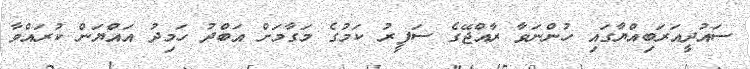
ސައުދީއަރަބިއްޔާގައި ހުންނަވާ ރާއްޖޭގެ ސަފީރު ކަމުގެ މަގާމަށް އަބްދު ހަމިދު އައްޔަން ކުރައްވާ